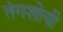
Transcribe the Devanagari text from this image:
तंगशोयी